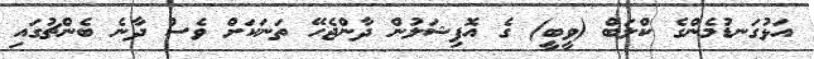
އަޅުގަނޑުމެންގެ ކްލަބް (ވީބީ) ގެ އޮފިޝަލުން ދާންޖެހޭ ތަނަކަށް ވެސް ދާނެ ބެންޗުގައި